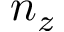
n _ { z }